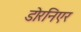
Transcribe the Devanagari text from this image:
डोरनिएर